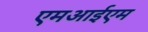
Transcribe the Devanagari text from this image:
एमआईएम